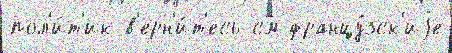
пол'и́т'ик в'ерн'и́т'есь см францу́зск'иjе